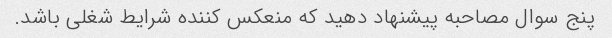
پنج سوال مصاحبه پیشنهاد دهید که منعکس کننده شرایط شغلی باشد.